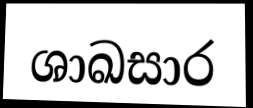
ශාඛසාර